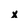
Character: x